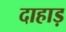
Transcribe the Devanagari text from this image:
दाहाड़